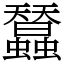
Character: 蠺